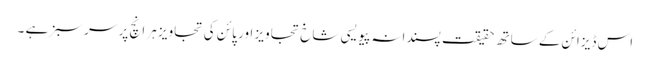
اس ڈیزائن کے ساتھ حقیقت پسندانہ پیویسی شاخ تجاویز اور پائن کی تجاویز ہر انچ پر سرسبز ہے ۔